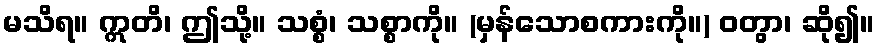
မသိရ။ ဣတိ၊ ဤသို့။ သစ္စံ၊ သစ္စာကို။ (မှန်သောစကားကို။) ဝတွာ၊ ဆို၍။